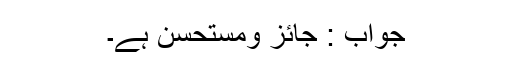
جواب : جائز ومستحسن ہے۔